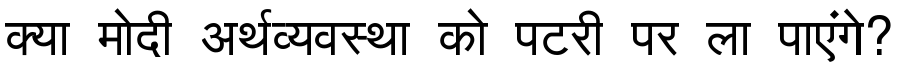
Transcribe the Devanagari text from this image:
क्या मोदी अर्थव्यवस्था को पटरी पर ला पाएंगे?